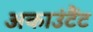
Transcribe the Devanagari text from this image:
अकाउंटैंट